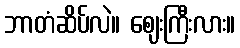
ဘာတံဆိပ်လဲ။ ဈေးကြီးလား။